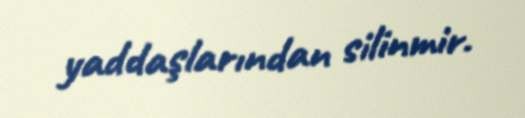
yaddaşlarından silinmir.